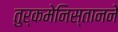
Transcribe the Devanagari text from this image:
तुर्कमेनिस्तानने